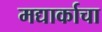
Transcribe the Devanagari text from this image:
मद्यार्काचा